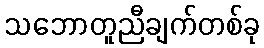
သဘောတူညီချက်တစ်ခု